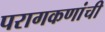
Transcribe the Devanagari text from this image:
परागकणांची